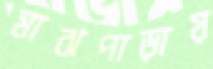
মাঝপাড়ায়